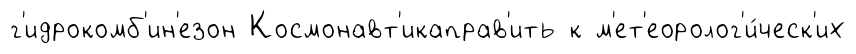
г'идрокомб'ин'езон Космонавт'икаправ'ить к м'ет'еоролог'и́ческ'их